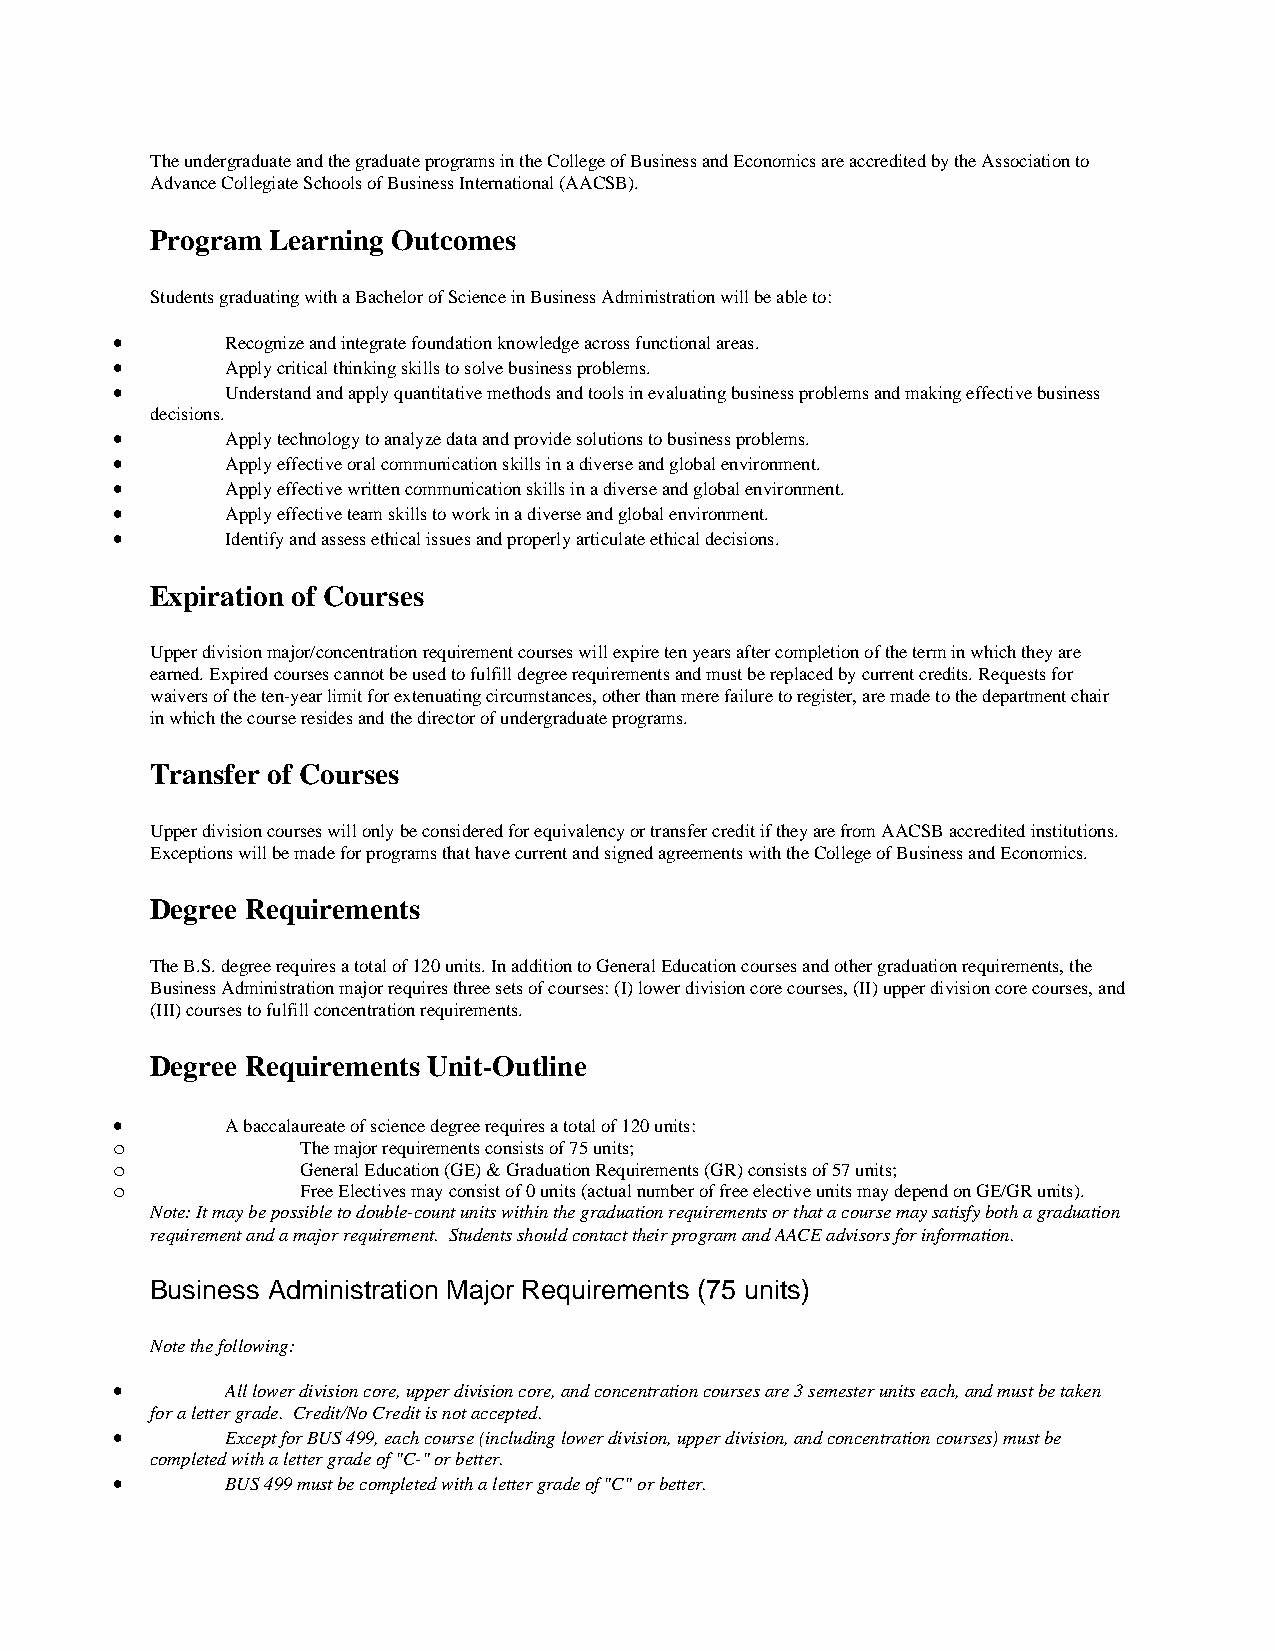
The undergraduate and the graduate programs in the College of Business and Economics are accredited by the Association to
 Advance Collegiate Schools of Business International (AACSB).
 Program Learning Outcomes
 Students graduating with a Bachelor of Science in Business Administration will be able to:
 •       Recognize and integrate foundation knowledge across functional areas.
 •       Apply critical thinking skills to solve business problems.
 •       Understand and apply quantitative methods and tools in evaluating business problems and making effective business
 decisions.
 •       Apply technology to analyze data and provide solutions to business problems.
 •       Apply effective oral communication skills in a diverse and global environment.
 •       Apply effective written communication skills in a diverse and global environment.
 •       Apply effective team skills to work in a diverse and global environment.
 •       Identify and assess ethical issues and properly articulate ethical decisions.
 Expiration of Courses
 Upper division major/concentration requirement courses will expire ten years after completion of the term in which they are
 earned. Expired courses cannot be used to fulfill degree requirements and must be replaced by current credits. Requests for
 waivers of the ten-year limit for extenuating circumstances, other than mere failure to register, are made to the department chair
 in which the course resides and the director of undergraduate programs.
 Transfer of Courses
 Upper division courses will only be considered for equivalency or transfer credit if they are from AACSB accredited institutions.
 Exceptions will be made for programs that have current and signed agreements with the College of Business and Economics.
 Degree Requirements
 The B.S. degree requires a total of 120 units. In addition to General Education courses and other graduation requirements, the
 Business Administration major requires three sets of courses: (I) lower division core courses, (II) upper division core courses, and
 (III) courses to fulfill concentration requirements.
 Degree Requirements Unit-Outline
 •       A baccalaureate of science degree requires a total of 120 units:
 o            The major requirements consists of 75 units;
 o            General Education (GE) & Graduation Requirements (GR) consists of 57 units;
 o            Free Electives may consist of 0 units (actual number of free elective units may depend on GE/GR units).
 Note: It may be possible to double-count units within the graduation requirements or that a course may satisfy both a graduation
 requirement and a major requirement. Students should contact their program and AACE advisors for information.
 Business Administration Major Requirements (75 units)
 Note the following:
 •       All lower division core, upper division core, and concentration courses are 3 semester units each, and must be taken
 for a letter grade. Credit/No Credit is not accepted.
 •       Except for BUS 499, each course (including lower division, upper division, and concentration courses) must be
 completed with a letter grade of "C-" or better.
 •       BUS 499 must be completed with a letter grade of "C" or better.